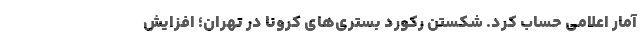
آمار اعلامی حساب کرد. شکستن رکورد بستری‌های کرونا در تهران؛ افزایش